Indian journal of veterinary science and animal husbandry - Volumes 22-23, 1952-1953
Year: 1952
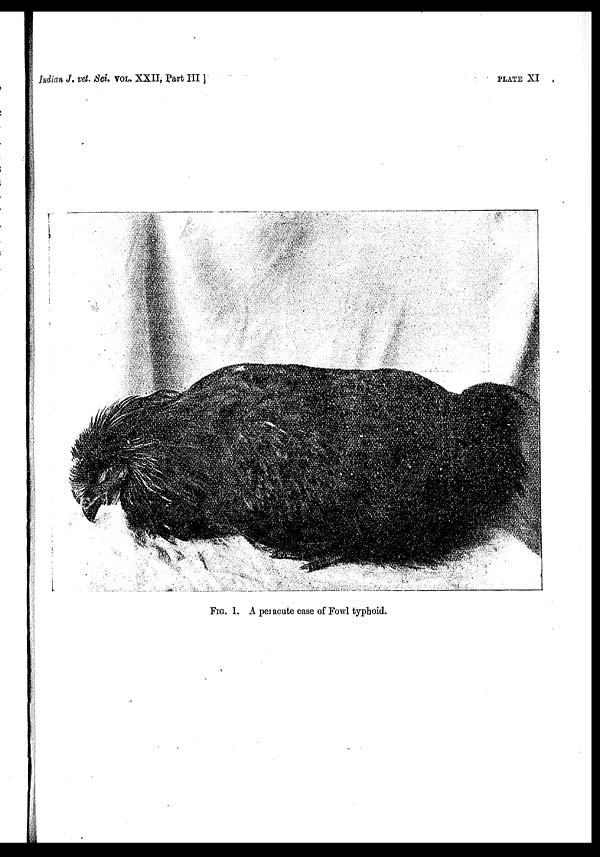
Indian J. vet. Sci. VOL. XXII, Part III ]
PLATE XI
FIG. 1. A peracute case of Fowl typhoid.